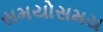
સમયોસમય